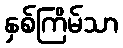
နှစ်ကြိမ်သာ